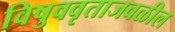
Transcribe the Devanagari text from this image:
विषुववृताजवळील